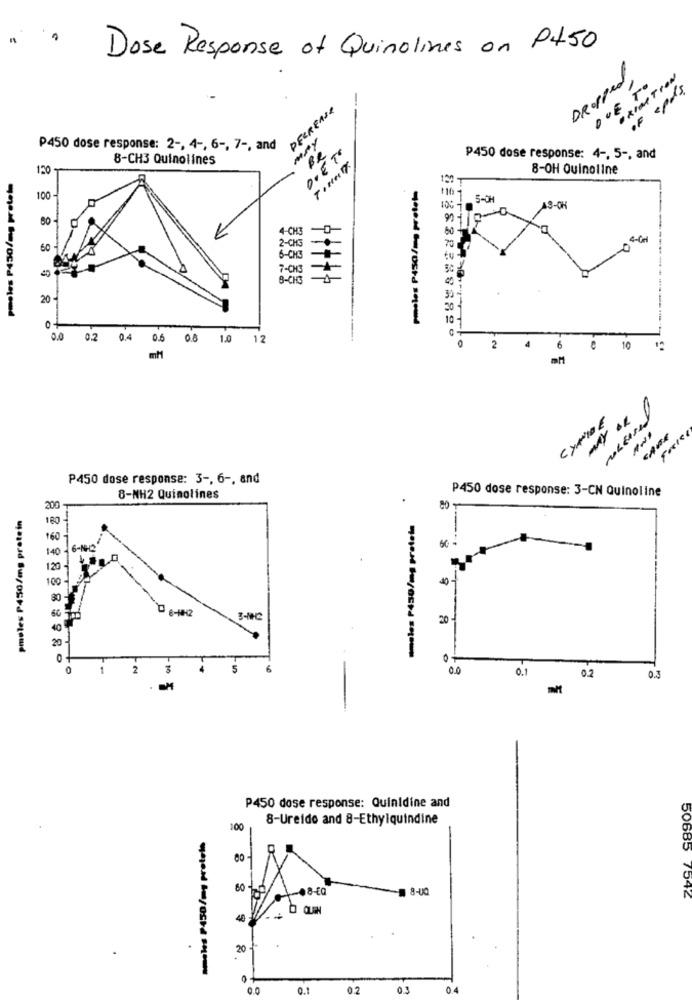
Dose Response of Quinolines on P+50
Dropped
DUE TO
OxINATION
15
OF pr
PERRENS
MAY
P450 dose response: 2 -, 4 -, 6 -, 7 -, and
DOET"
BR
8-CH3 Quinolines
TIMMY
P450 dose response: 4 -, 5 -, and
150
8-OH Quinoline
pmeles P430/ms protet
8 8 8 8 8
pmeles P450/mp pretet=
100 -
5-OH
4-CH3
4-0Ml
60
2-CKG
6-CKS
7-013
B-CHO
20 -
of
0.0 0.2 0.4
0.6
0.8 1.0 12
2
10
mM
MAY OR
AND
P450 dose response: 3 -, 6 -, and
P450 dose response: 3-CN Quinoline
8-NH2 Quinolines
pmoles P450/mg protein
200
80-
--
180
mmoles P430/mg pretela
160
40
120
00
90
60
0 6-HH2
20
40
20
o.
1
2
0.0
0.1
02
P450 dose response: Quinidine and
8-Ureido and 8-Ethylquindine
100
amcles P450/my protein
00-
80-
8-00
50685 7542
40
20
0.1
0.2
03
04